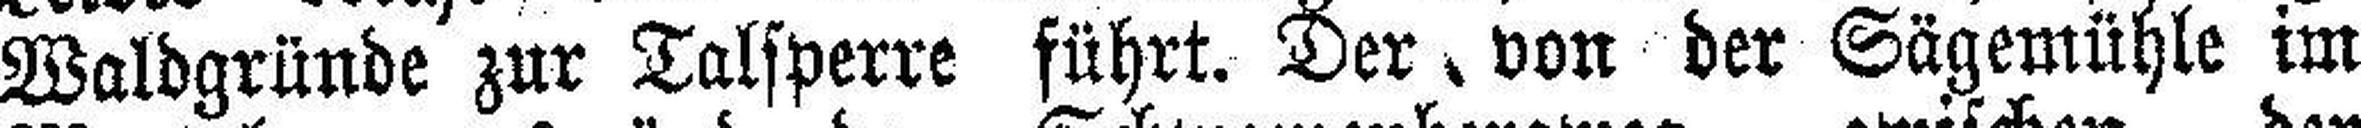
Waldgründe zur Talsperre führt. Der von der Sägemühle im